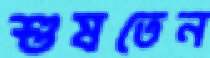
শুষতেন